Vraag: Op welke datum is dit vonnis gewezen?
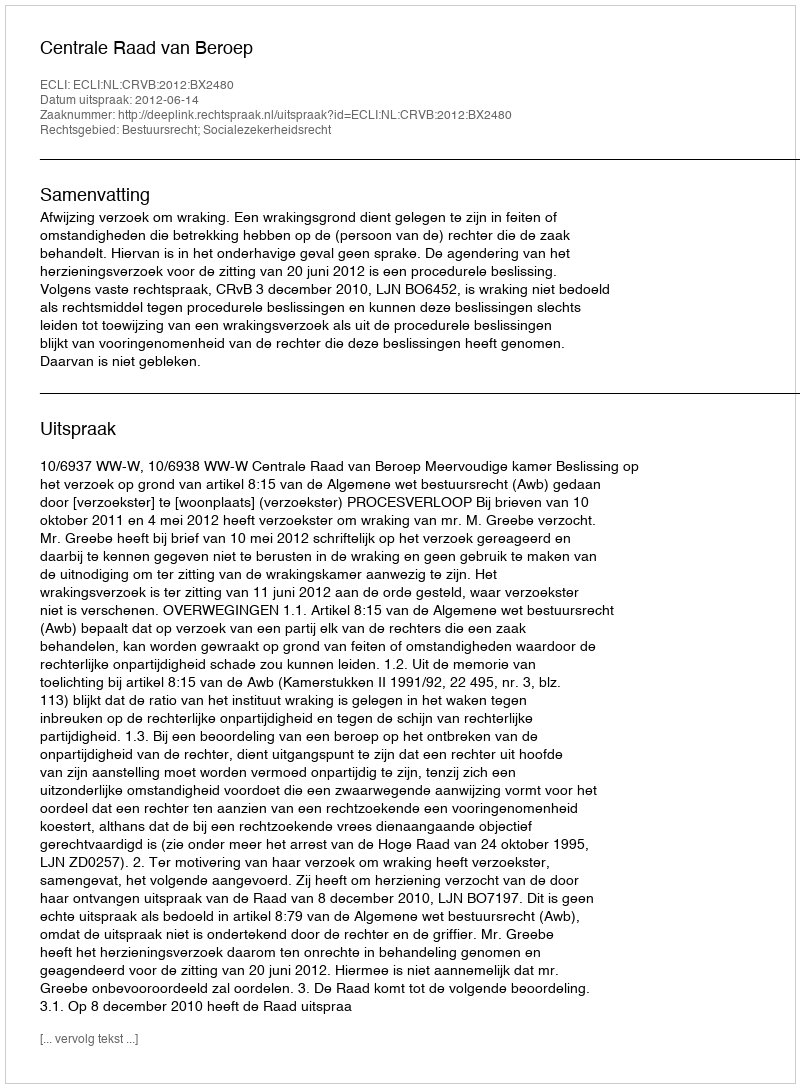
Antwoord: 2012-06-14